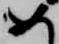
め